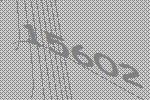
15602